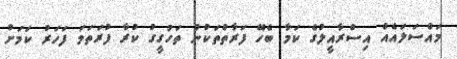
މައްސަލައެއް އިސްރާއީލުގެ ކަމާ ބެހޭ ފަރާތްތަކުން ތަހުގީގު ކުރާ ފުރަތަމަ ފަހަރު ކަމަށް